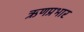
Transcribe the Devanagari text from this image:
ऋणप्रभार